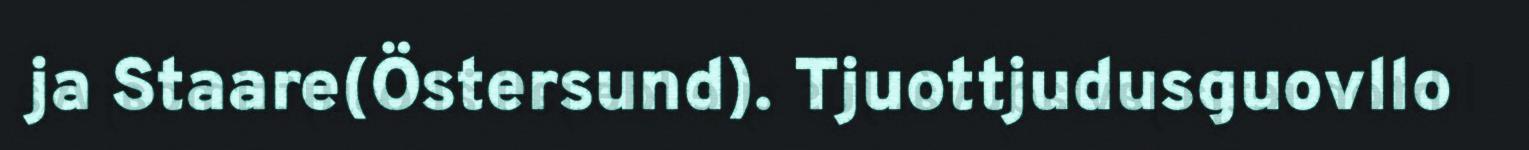
ja Staare(Östersund). Tjuottjudusguovllo